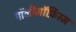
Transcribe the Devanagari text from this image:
पॉलीमॉर्फ़िस्म